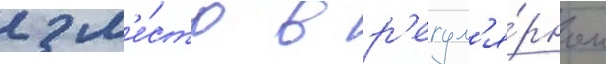
2 м'е́сто в р'егул'я́рном